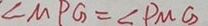
\angle M P G = \angle P M G